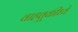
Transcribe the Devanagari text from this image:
वाहतूकीध्ये